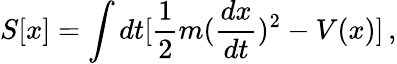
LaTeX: S[x]=\int dt[\frac{1}{2}m(\frac{dx}{dt})^{2}-V(x)]\, ,